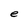
Character: e